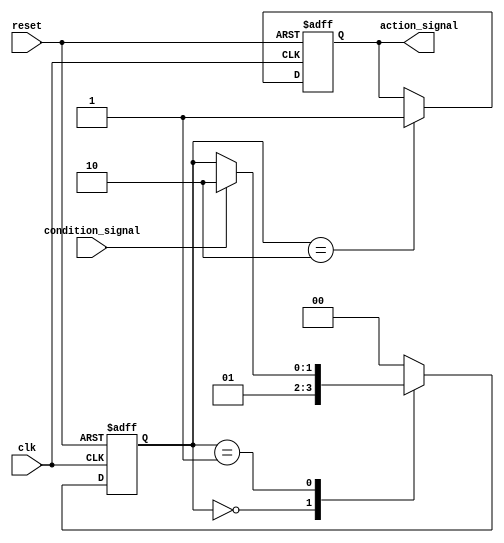
module conditional_wait_example (
    input wire clk,
    input wire reset,
    input wire condition_signal,
    output reg action_signal
);

    // State declaration
    reg [1:0] state;
    parameter IDLE = 2'b00, WAIT = 2'b01, ACTION = 2'b10;

    // Always block to handle state transitions
    always @(posedge clk or posedge reset) begin
        if (reset) begin
            state <= IDLE;
            action_signal <= 0;
        end else begin
            case (state)
                IDLE: begin
                    // Transition to WAIT state
                    state <= WAIT;
                end
                WAIT: begin
                    // Wait for the condition to be true
                    if (condition_signal) begin
                        state <= ACTION; // Move to ACTION state
                    end
                end
                ACTION: begin
                    // Perform the action
                    action_signal <= 1; // Set action signal
                    // Optionally return to IDLE or WAIT based on your design
                    state <= IDLE; // For demonstration, return to IDLE
                end
                default: state <= IDLE; // Default case
            endcase
        end
    end

endmodule